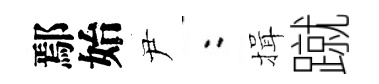
鄢始尹欸揖蹴